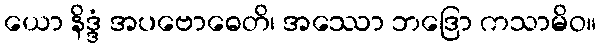
ယော နိဒ္ဒံ အပဗောဓေတိ၊ အဿော ဘဒြော ကသာမိဝ။